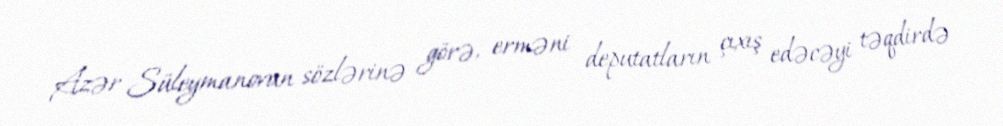
Azər Süleymanovun sözlərinə görə, erməni deputatların çıxış edəcəyi təqdirdə